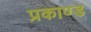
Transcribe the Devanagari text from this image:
प्रकाण्‍ड